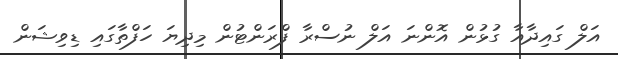
އަލް ގައިދާއާ ގުޅުން އޮންނަ އަލް ނުސްރާ ފްރަންޓުން މިދިޔަ ހަފްތާގައި ޑިވިޝަން